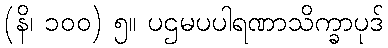
(နိ၊ ၁၀၀) ၅။ ပဌမပပါရဏာသိက္ခာပုဒ်